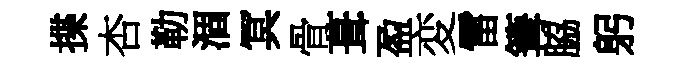
揲杏勒涸冥骨葺盈変雷篝脇躬